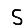
Digit: 5